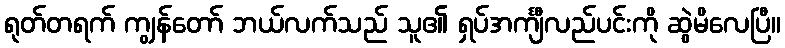
ရုတ်တရက် ကျွန်တော် ဘယ်လက်သည် သူ၏ ရှပ်အင်္ကျီလည်ပင်းကို ဆွဲမိလေပြီ။